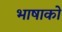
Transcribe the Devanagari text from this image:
भाषाको